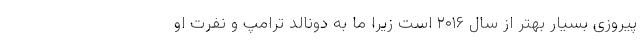
پیروزی بسیار بهتر از سال ۲۰۱۶ است زیرا ما به دونالد ترامپ و نفرت او